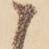
こ